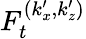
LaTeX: F_{t}^{(k_{x}^{\prime},k_{z}^{\prime})}